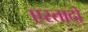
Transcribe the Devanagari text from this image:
एस्तादो